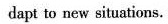
dapt to new situations.